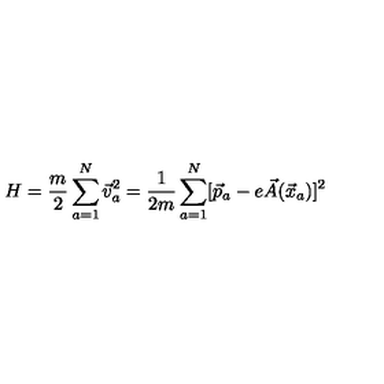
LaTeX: H = \frac { m } { 2 } \sum _ { a = 1 } ^ { N } \vec { v } _ { a } ^ { 2 } = \frac { 1 } { 2 m } \sum _ { a = 1 } ^ { N } [ \vec { p } _ { a } - e \vec { A } ( \vec { x } _ { a } ) ] ^ { 2 }